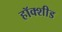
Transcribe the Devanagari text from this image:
हॉक्शीड